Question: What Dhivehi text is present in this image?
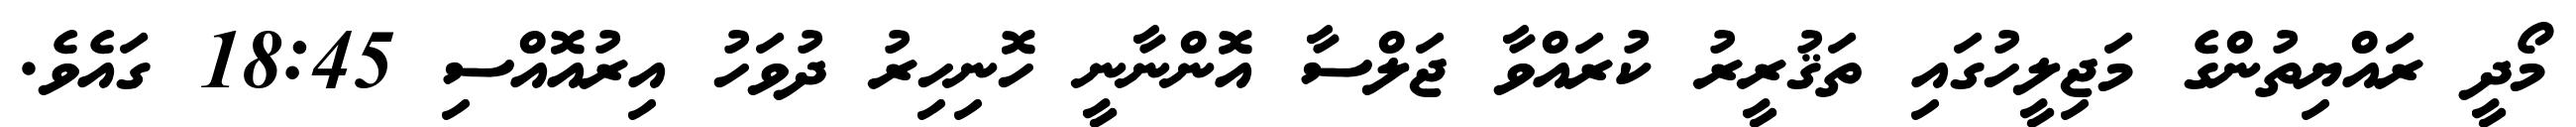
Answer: މޯދީ ރައްޔިތުންގެ މަޖިލީހުގައި ތަޤުރީރު ކުރައްވާ ޖަލްސާ އޮންނާނީ ހޮނިހިރު ދުވަހު އިރުއޮއްސި 18:45 ގައެވެ.